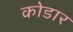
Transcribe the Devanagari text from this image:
कोडार